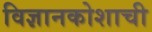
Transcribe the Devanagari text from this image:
विज्ञानकोशाची